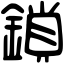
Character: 鎖